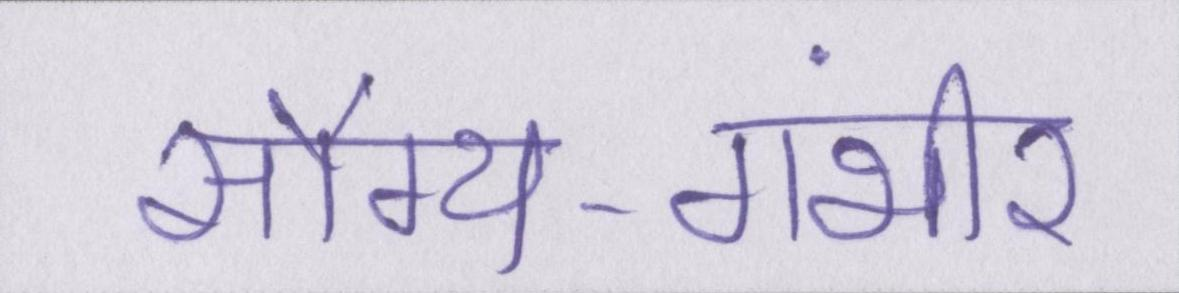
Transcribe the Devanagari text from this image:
सौम्य-गंभीर